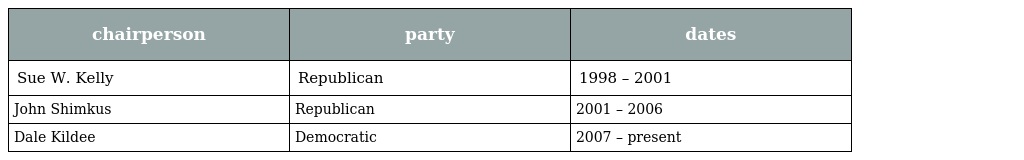
| chairperson | party | dates |
 | --- | --- | --- |
 | Sue W. Kelly | Republican | 1998 – 2001 |
 | John Shimkus | Republican | 2001 – 2006 |
 | Dale Kildee | Democratic | 2007 – present |